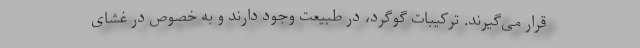
قرار می‌گیرند. ترکیبات گوگرد، در طبیعت وجود دارند و به خصوص در غشای